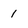
Character: 1